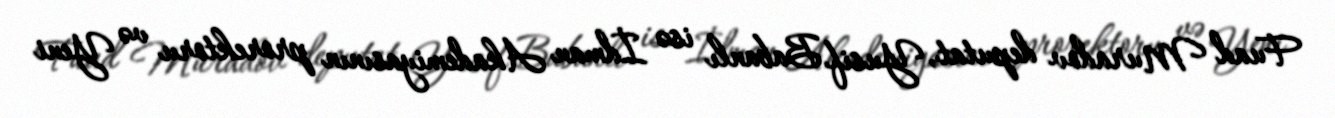
Fuad Muradov deputat, Yusif Babanlı isə İdman Akademiyasının prorektoru və Yeni